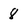
Character: 8